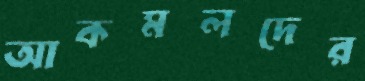
আকমলদের